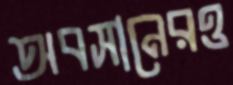
অবসানেরও